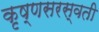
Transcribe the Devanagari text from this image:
कृष्णसरस्वती